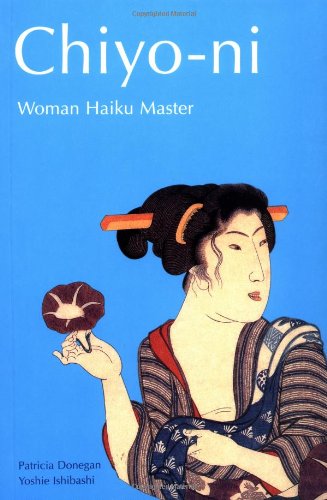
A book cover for Chiyo-ni: Woman Haiku Master; Patricia Donegan; Literature & Fiction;